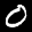
Label: 0